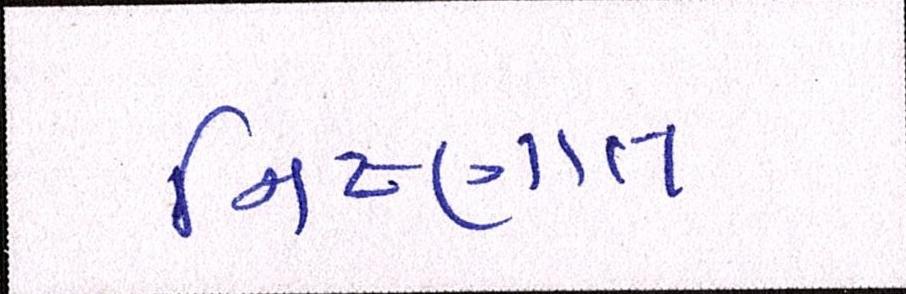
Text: નિષ્ણાંત